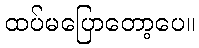
ထပ်မပြောတော့ပေ။